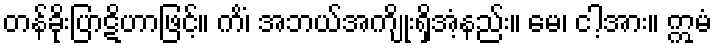
တန်ခိုးပြာဋိဟာဖြင့်။ ကိံ၊ အဘယ်အကျိုးရှိအံ့နည်း။ မေ၊ ငါ့အား။ ဣမံ